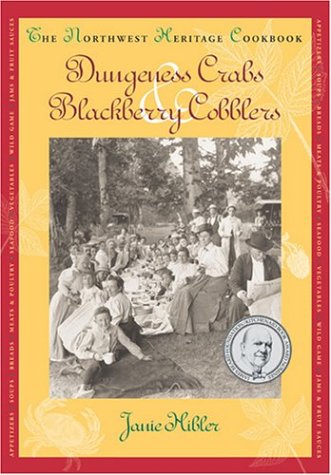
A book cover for Dungeness Crabs and Blackberry Cobblers; Janie Hibler; Cookbooks, Food & Wine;